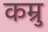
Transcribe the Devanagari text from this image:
कम्रु